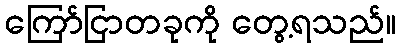
ကြော်ငြာတခုကို တွေ့ရသည်။